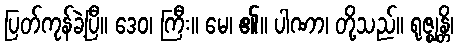
ပြတ်ကုန်ခဲ့ပြီ။ ဒေဝ၊ ကြီး။ မေ၊ ၏။ ပါဏာ၊ တို့သည်။ ရုဇ္ဈန္တိ၊